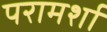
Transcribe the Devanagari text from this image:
परामर्शा